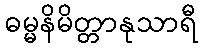
ဓမ္မနိမိတ္တာနုသာရီ